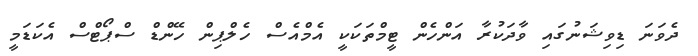
ދެވަނަ ޑިވިޝަނުގައި ވާދަކުރާ އަންހެން ޓީމްތަކަކީ އެމްއެސް ހެލްޕިން ހޭންޑް ސްޕޯޓްސް އެކަޑަމީ